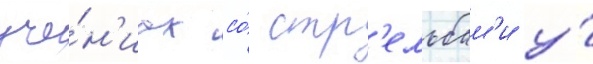
уче́н'иах со́ стр'ельбам'и у́